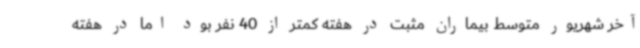
آخر شهریور متوسط بیماران مثبت در هفته کمتر از 40 نفر بود اما در هفته